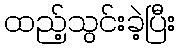
ထည့်သွင်းခဲ့ပြီး